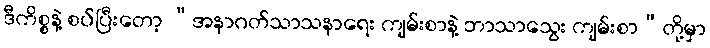
ဒီကိစ္စနဲ့ စပ်ပြီးတော့ “အနာဂတ်သာသနာရေး ကျမ်းစာနဲ့ ဘာသာသွေး ကျမ်းစာ”တို့မှာ